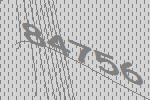
84756